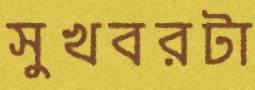
সুখবরটা